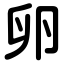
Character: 卵